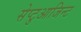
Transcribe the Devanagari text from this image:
सेप्टुआजिन्ट